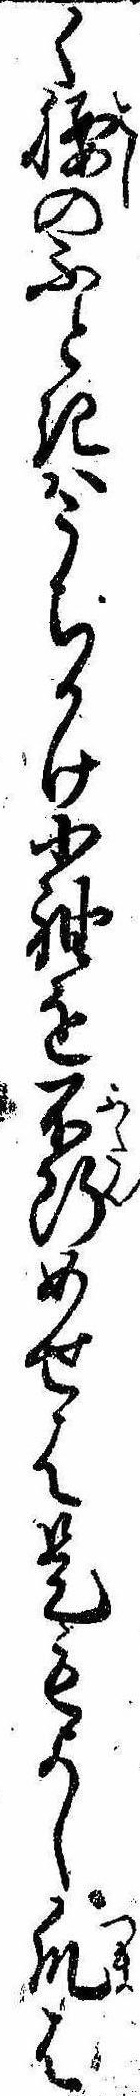
く腰のふときはうちかけ小袖を不断めせは是もよし爪は